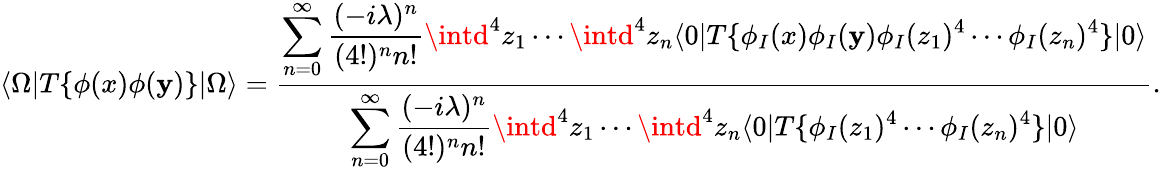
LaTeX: \langle\Omega|T\{ \phi(x)\phi(\mathbf{y})\} |\Omega\rangle={\frac{{\displaystyle\sum_{n=0}^{\infty}{\frac{{(-i\lambda)^{n}}}{{(4!)^{n}n!}}}\intd^{4}z_{1}\cdots\intd^{4}z_{n}\langle0|T\{ \phi_{I}(x)\phi_{I}(\mathbf{y})\phi_{I}(z_{1})^{4}\cdots\phi_{I}(z_{n})^{4}\} |0\rangle}}{{\displaystyle\sum_{n=0}^{\infty}{\frac{{(-i\lambda)^{n}}}{{(4!)^{n}n!}}}\intd^{4}z_{1}\cdots\intd^{4}z_{n}\langle0|T\{ \phi_{I}(z_{1})^{4}\cdots\phi_{I}(z_{n})^{4}\} |0\rangle}}}.